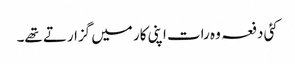
کئی دفعہ وہ رات اپنی کار میں گزارتے تھے۔